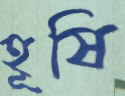
হূষি